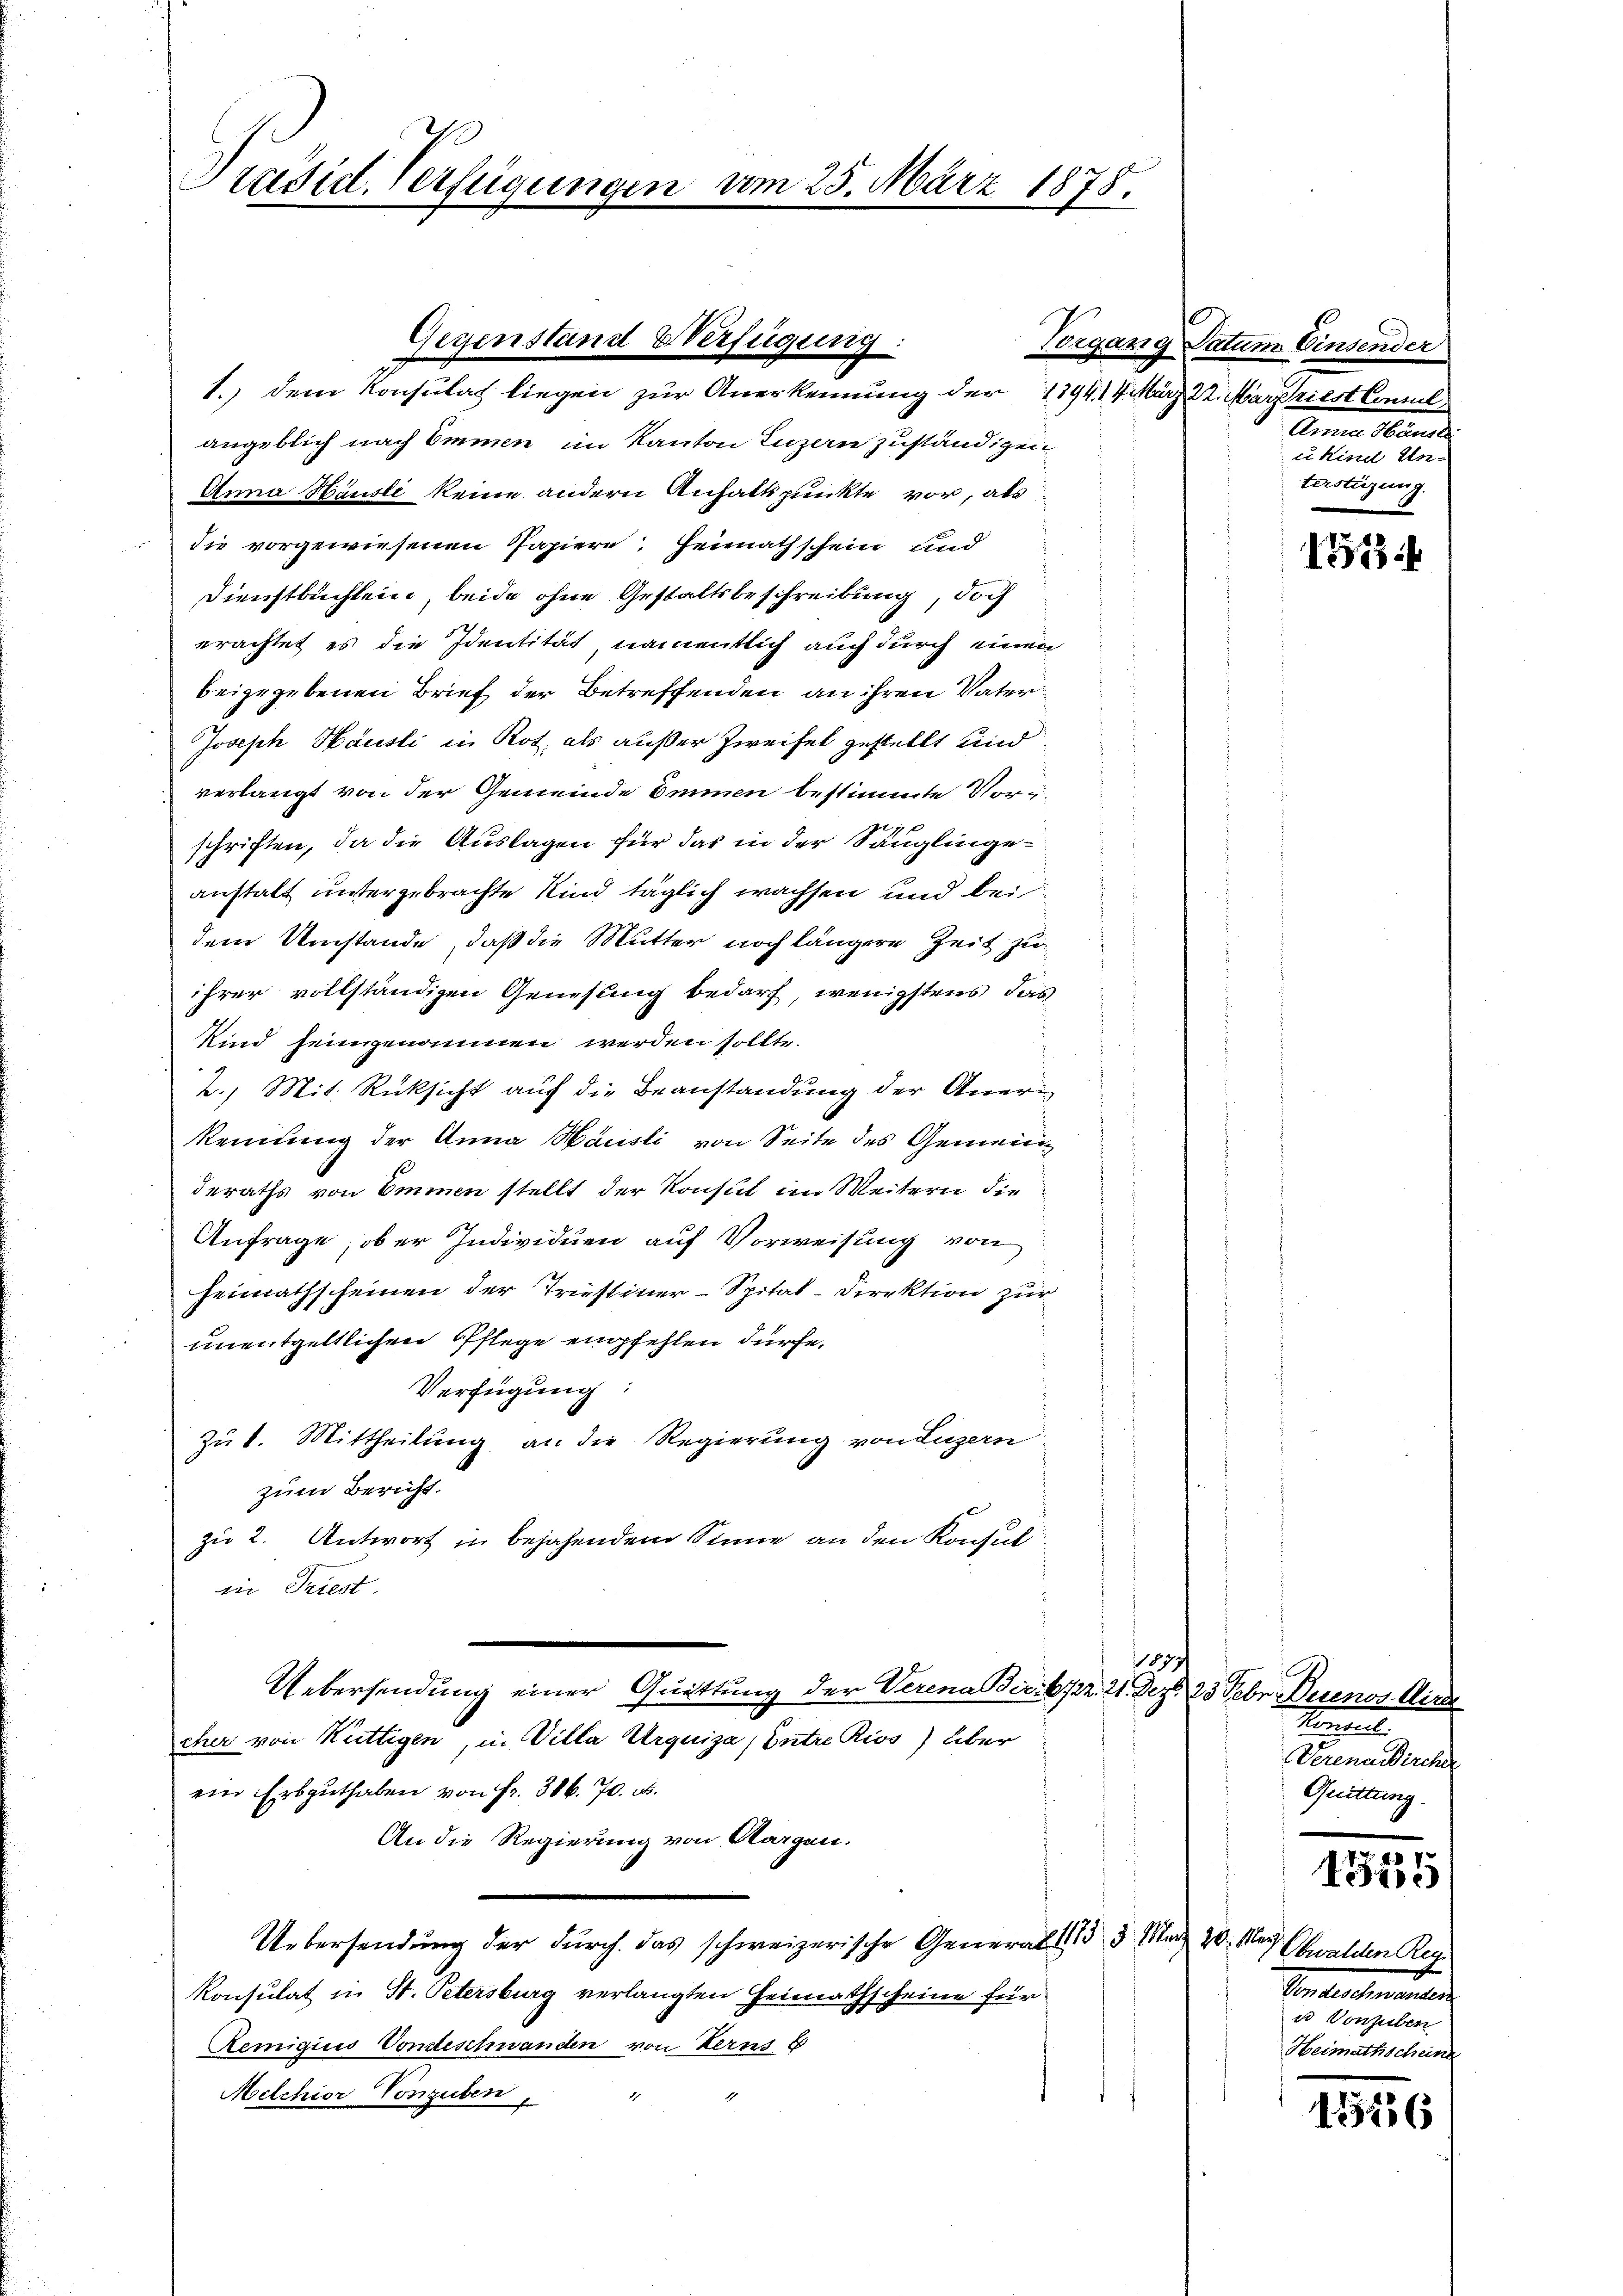
Präsid. Verfügungen vom 25. März 1875.

Gegenstand Verfügung.

1.) Dem Konsulat liegen zur Anerkennung der 1394. 14. März 22. Marzriest Consul
angeblich nach Emmen im Kanton Luzern zuständigen,
Anna Häusli keine andern Anhaltspunkte vor, als
die vorgewiesenen Papiere, Heimathschein und
Dienstbuchlein, beide ohne Gestaltsbeschreibung, doch
erachtet es die Identität, namentlich auch durch einen
beigegebenen Brief der Betreffenden an ihren Vater¬
Joseph Hausti in Rot, als außer Zweifel gestellt und
verlangt von der Gemeinde Emmen bestimmte Vorin
schriften, da die Auslagen für das in der Säuglingeanstalt untergebrachte Kind täglich wachsen und bei
dem Umstände, daß die Mutter noch längere Zeit zu
ihrer vollständigen Genesung bedarf, wenigstens, das
Kind seingenommen werden sollte.
2.) Mit Rücksicht auf die Beanstandung der Anerkennung der Anna Häusli von Seite des Gemein
deraths von Emmen stellt der Konsul im Weitern die
Anfrage, ober Individuen auf Vorweisung von
Heimathscheinen der Triestiner-Spital-Direktion zur
unentgeltlichen Pflege empfehlen dürfe.
Verfügung:
Zul. Mittheilung an die Regierung von Luzern
zum Bericht.
zu 2. Antwort in bejahendem Sinne an den Konsul
in Triest.
870/
Uebersendung einer Quittung der Verena Fickpr. 21. Dez. 23. Febr. Berenz. Wir
cher von Kuttigen, in Villa Urquiza, Entre Rivs) über
ein Erbguthaben von Fr. 306. 70. d.
An die Regierung von Aargen.
Uebersendung der durch das schweizerische General (133 März 20. Mai
Konsulat in St. Petersburg verlangten Heimathscheine für
Remigius Vondeschwanden von Kerns E
Melchior Vonzuben,

Vorgang Datum Einsender
Anna Mein
u Kind Unterstüzung.

1513

Maniel
Verenadischen
Quittung.

.
1321

rauf Obwalden Reg
Sontalement d
u Vonsulen
Heimathscheine

1156